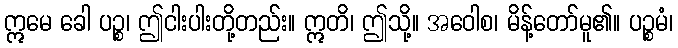
ဣမေ ခေါ ပဉ္စ၊ ဤငါးပါးတို့တည်း။ ဣတိ၊ ဤသို့။ အဝေါစ၊ မိန့်တော်မူ၏။ ပဉ္စမံ၊